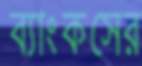
ব্যাংকসের